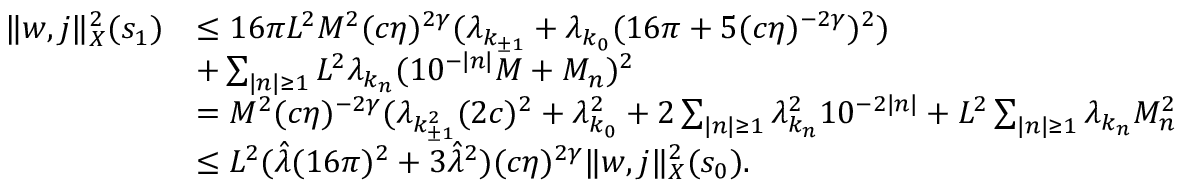
\begin{array} { r l } { \Vert w , j \Vert _ { X } ^ { 2 } ( s _ { 1 } ) } & { \le 1 6 \pi L ^ { 2 } M ^ { 2 } ( c \eta ) ^ { 2 \gamma } ( \lambda _ { k _ { \pm 1 } } + \lambda _ { k _ { 0 } } ( 1 6 \pi + 5 ( c \eta ) ^ { - 2 \gamma } ) ^ { 2 } ) } \\ & { + \sum _ { \vert n \vert \ge 1 } L ^ { 2 } \lambda _ { { k _ { n } } } ( 1 0 ^ { - \vert n \vert } M + M _ { n } ) ^ { 2 } } \\ & { = M ^ { 2 } ( c \eta ) ^ { - 2 \gamma } ( \lambda _ { k _ { \pm 1 } ^ { 2 } } ( 2 c ) ^ { 2 } + \lambda _ { k _ { 0 } } ^ { 2 } + 2 \sum _ { \vert n \vert \ge 1 } \lambda _ { { k _ { n } } } ^ { 2 } 1 0 ^ { - 2 \vert n \vert } + L ^ { 2 } \sum _ { \vert n \vert \ge 1 } \lambda _ { { k _ { n } } } M _ { n } ^ { 2 } } \\ & { \le L ^ { 2 } ( \hat { \lambda } ( 1 6 \pi ) ^ { 2 } + 3 \hat { \lambda } ^ { 2 } ) ( c \eta ) ^ { 2 \gamma } \Vert w , j \Vert _ { X } ^ { 2 } ( s _ { 0 } ) . } \end{array}